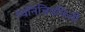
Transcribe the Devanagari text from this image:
ध्वनिचित्रफिती